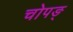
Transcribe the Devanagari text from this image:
चोपङ्